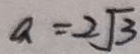
a = 2 \sqrt { 3 }